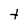
Character: t